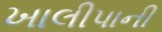
ખાલીપાની